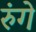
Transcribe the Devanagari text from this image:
रुंगे